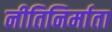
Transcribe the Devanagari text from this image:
नीतिनिर्माता